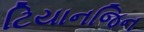
ટિયાનજિન